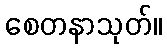
စေတနာသုတ်။